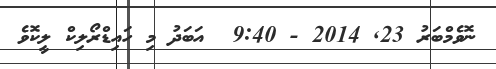
ނޮވެމްބަރު 23